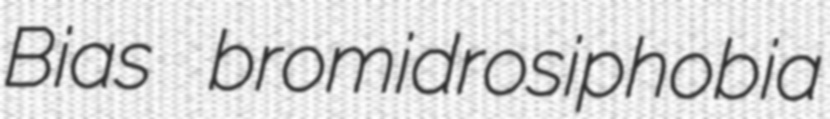
Bias bromidrosiphobia